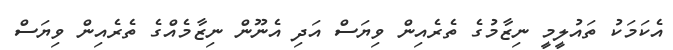
އެކަމަކު ތައުލީމީ ނިޒާމުގެ ތެރެއިން ވިޔަސް އަދި އެނޫން ނިޒާމެއްގެ ތެރެއިން ވިޔަސް